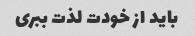
باید از خودت لذت ببری